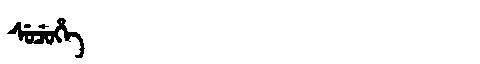
Manchu: ᠰᡠᠴᡠᡥᡝ
Romanization: SUCUHE